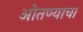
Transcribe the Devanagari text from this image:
ओतण्याचा